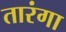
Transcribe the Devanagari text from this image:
तारंगा